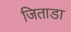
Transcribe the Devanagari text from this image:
जिताडा